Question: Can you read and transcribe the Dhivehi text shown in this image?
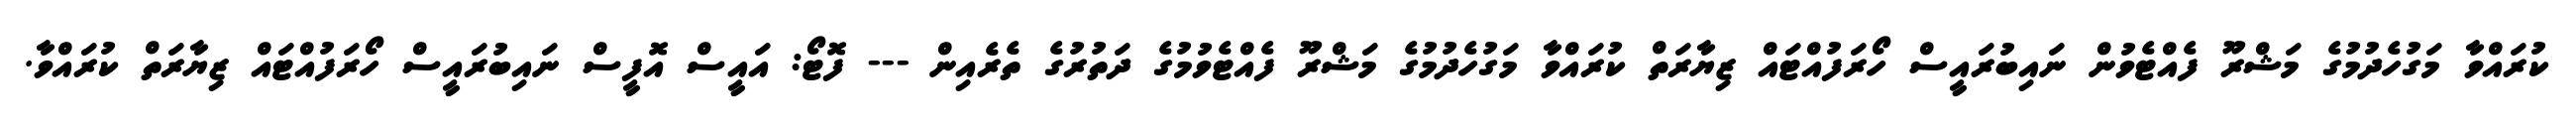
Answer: ކުރައްވާ މަގުހެދުމުގެ މަޝްރޫ ފެއްޓެވުން ނައިބުރައީސް ހޯރަފުއްޓައް ޒިޔާރަތް ކުރައްވާ މަގުހެދުމުގެ މަޝްރޫ ފެއްޓެވުމުގެ ދަތުރުގެ ތެރެއިން --- ފޮޓޯ: އައީސް އޮފީސް ނައިބުރައީސް ހޯރަފުއްޓައް ޒިޔާރަތް ކުރައްވާ.